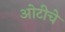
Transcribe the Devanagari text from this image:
ओटीचे